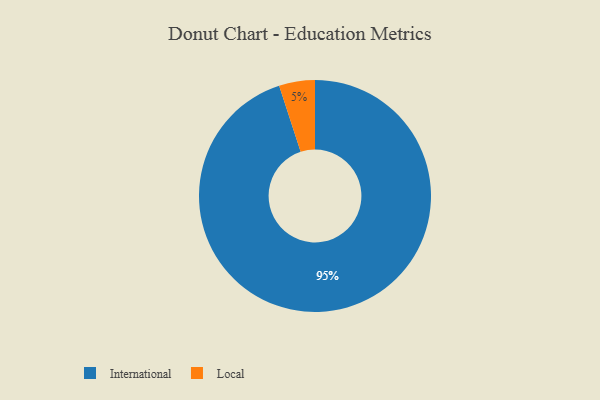
{"axis": {"x": "Category", "y": "Percentage"}, "legend": ["International", "Local"], "data": [{"x": "Local", "y": 5, "type": "Local"}, {"x": "International", "y": 95, "type": "International"}]}